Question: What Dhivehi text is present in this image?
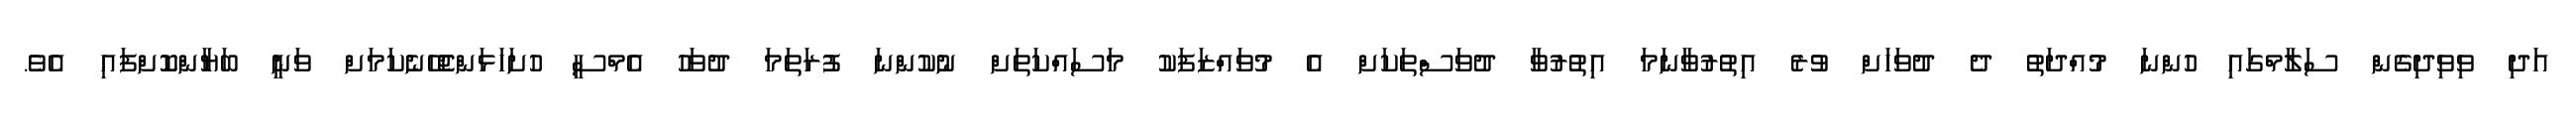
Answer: އަދި ވިވިދިގެން ސަލާމްގައި ހުންނަ މުއްދަތު ދެ ދުވަހަށް ވުރެ އިތުރުވާނަމަ އިތުރުވާ ދުވަސްތަކަށް އެ މުވައްޒަފަކު މަސައްކަތަށް ނުކުންނަ ފުރަތަމަ ދުވަހު އެމްސީ ހުށަހަޅަންޖެހޭނެކަމަށް ވަނީ ބަޔާންކޮށްފައި އެވެ.